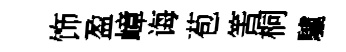
饰盈嶂诲苞筈桐驢